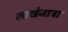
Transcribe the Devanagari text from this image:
लाखेजात्रा